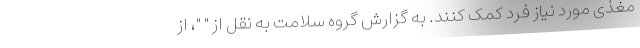
مغذی مورد نیاز فرد کمک کنند. به گزارش گروه سلامت به نقل از " "، از